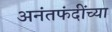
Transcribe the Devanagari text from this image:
अनंतफंदींच्या